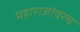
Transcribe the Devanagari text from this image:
महाराजांवरच